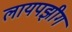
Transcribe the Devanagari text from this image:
लायपझीग